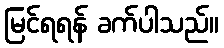
မြင်ရရန် ခက်ပါသည်။